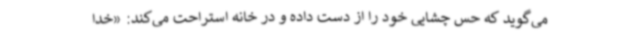
می‌گوید که حس چشایی خود را از دست داده و در خانه استراحت می‌کند: «خدا